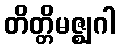
တိတ္တိမဇ္ဈဂါ